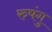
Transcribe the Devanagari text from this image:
रुषंगु